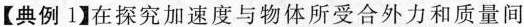
【典例1】在探究加速度与物体所受合外力和质量间